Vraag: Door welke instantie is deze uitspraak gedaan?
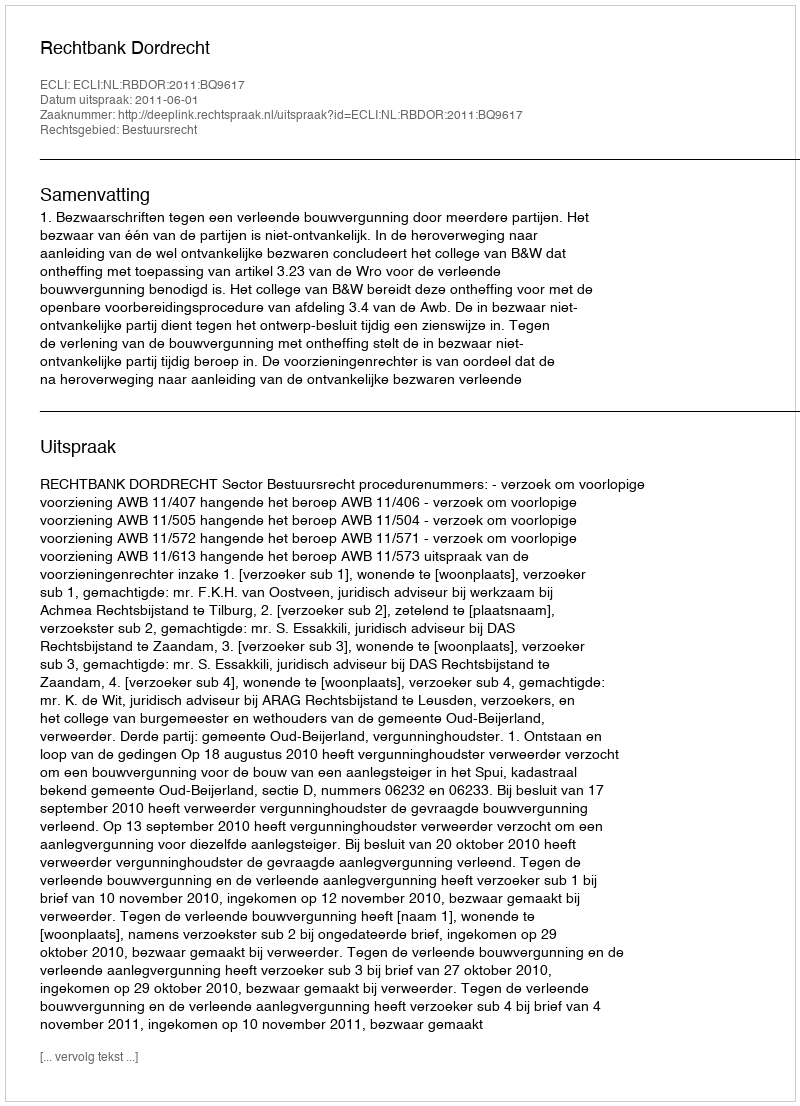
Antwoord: Rechtbank Dordrecht